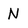
Character: N